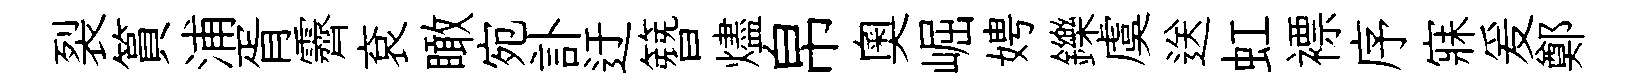
裂篔浦胥霽袞瞰宛訃迂簪燼帛奥崛娉鑠虞送虹褾序寐爰鄭